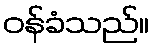
ဝန်ခံသည်။